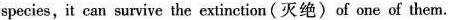
species, it can survive the extinction (灭绝)of one of them.